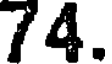
74.